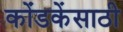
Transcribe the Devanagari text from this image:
कोंडकेंसाठी